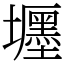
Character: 壥